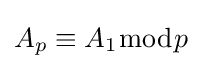
A_{p}\equiv A_{1}{\bmod {p}}